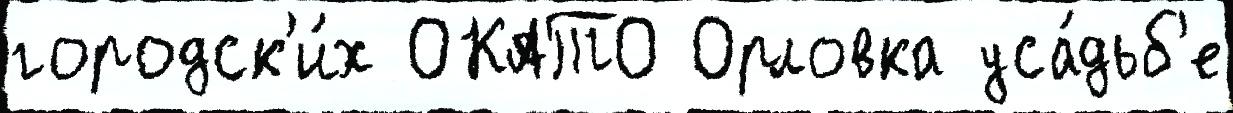
городск'и́х ОКАТО Орловка уса́дьб'е